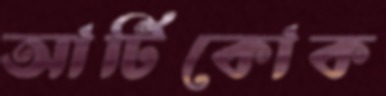
আর্টিকোক